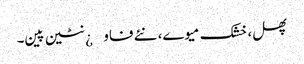
پھل، خشک میوے، نئے فاو¿نٹین پین۔